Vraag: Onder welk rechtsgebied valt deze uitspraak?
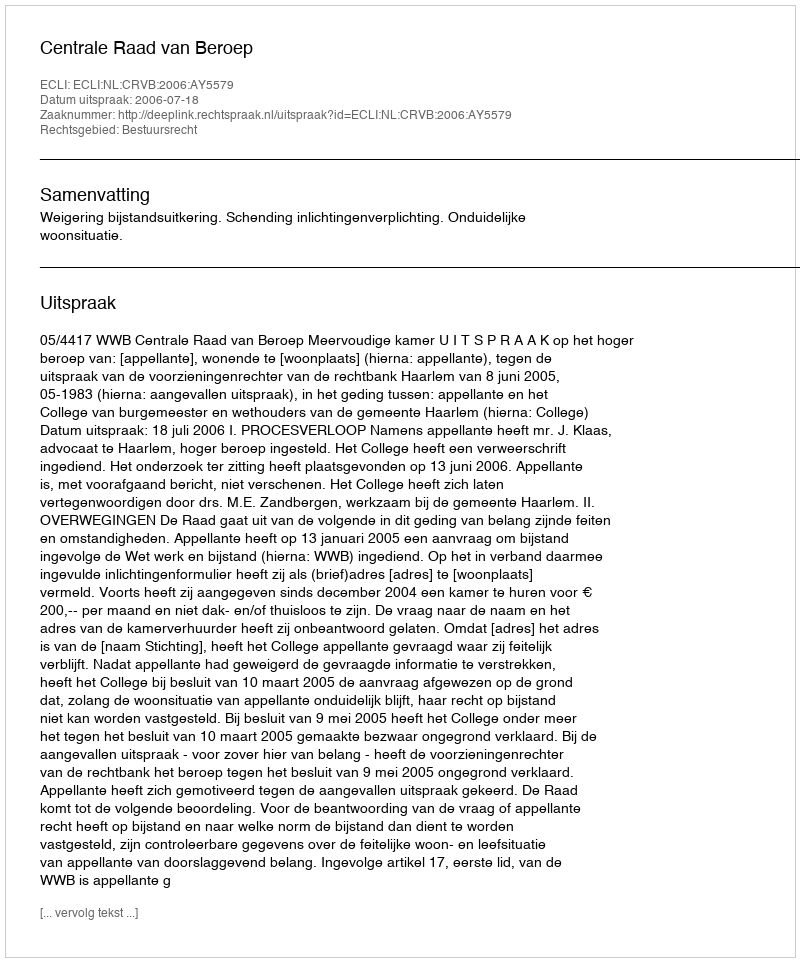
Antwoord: Bestuursrecht